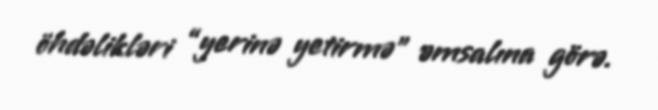
öhdəlikləri “yerinə yetirmə” əmsalına görə.